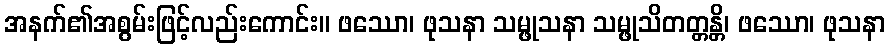
အနက်၏အစွမ်းဖြင့်လည်းကောင်း။ ဖဿော၊ ဖုသနာ သမ္ဖုသနာ သမ္ဖုသိတတ္တန္တိ၊ ဖဿော၊ ဖုသနာ